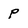
Character: p